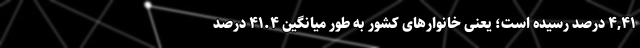
۴١,۴ درصد رسیده است؛ یعنی خانوارهای کشور به طور میانگین ۴١.۴ درصد